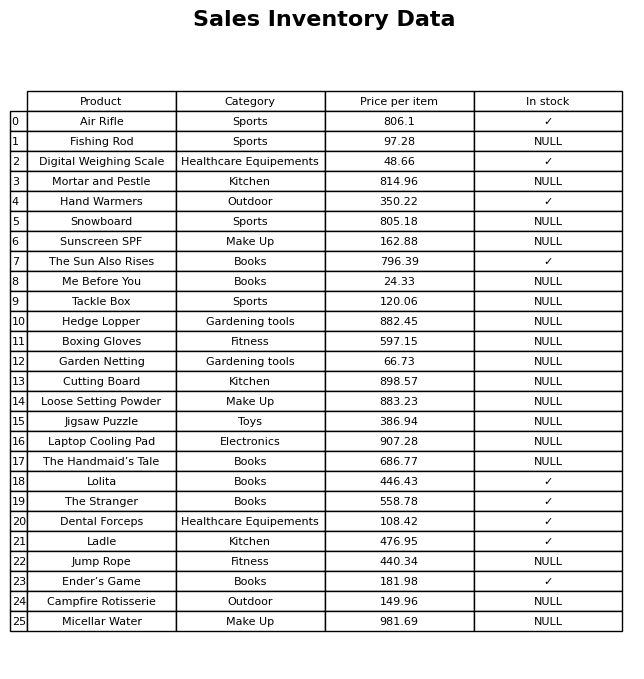
question: What is the stock status of the The Handmaid’s Tale?
answer: NULL